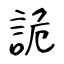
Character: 詭